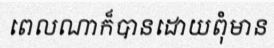
ពេលណាក៏បានដោយពុំមាន